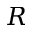
R